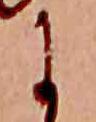
に